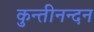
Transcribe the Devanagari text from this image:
कुन्तीनन्दन